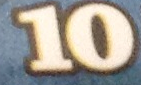
10